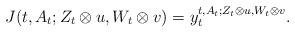
LaTeX: \begin{align*}J(t,A_t; Z_{t} \otimes u, W_{t} \otimes v) = y_t^{t,A_t; Z_{t} \otimes u, W_{t} \otimes v}.\end{align*}